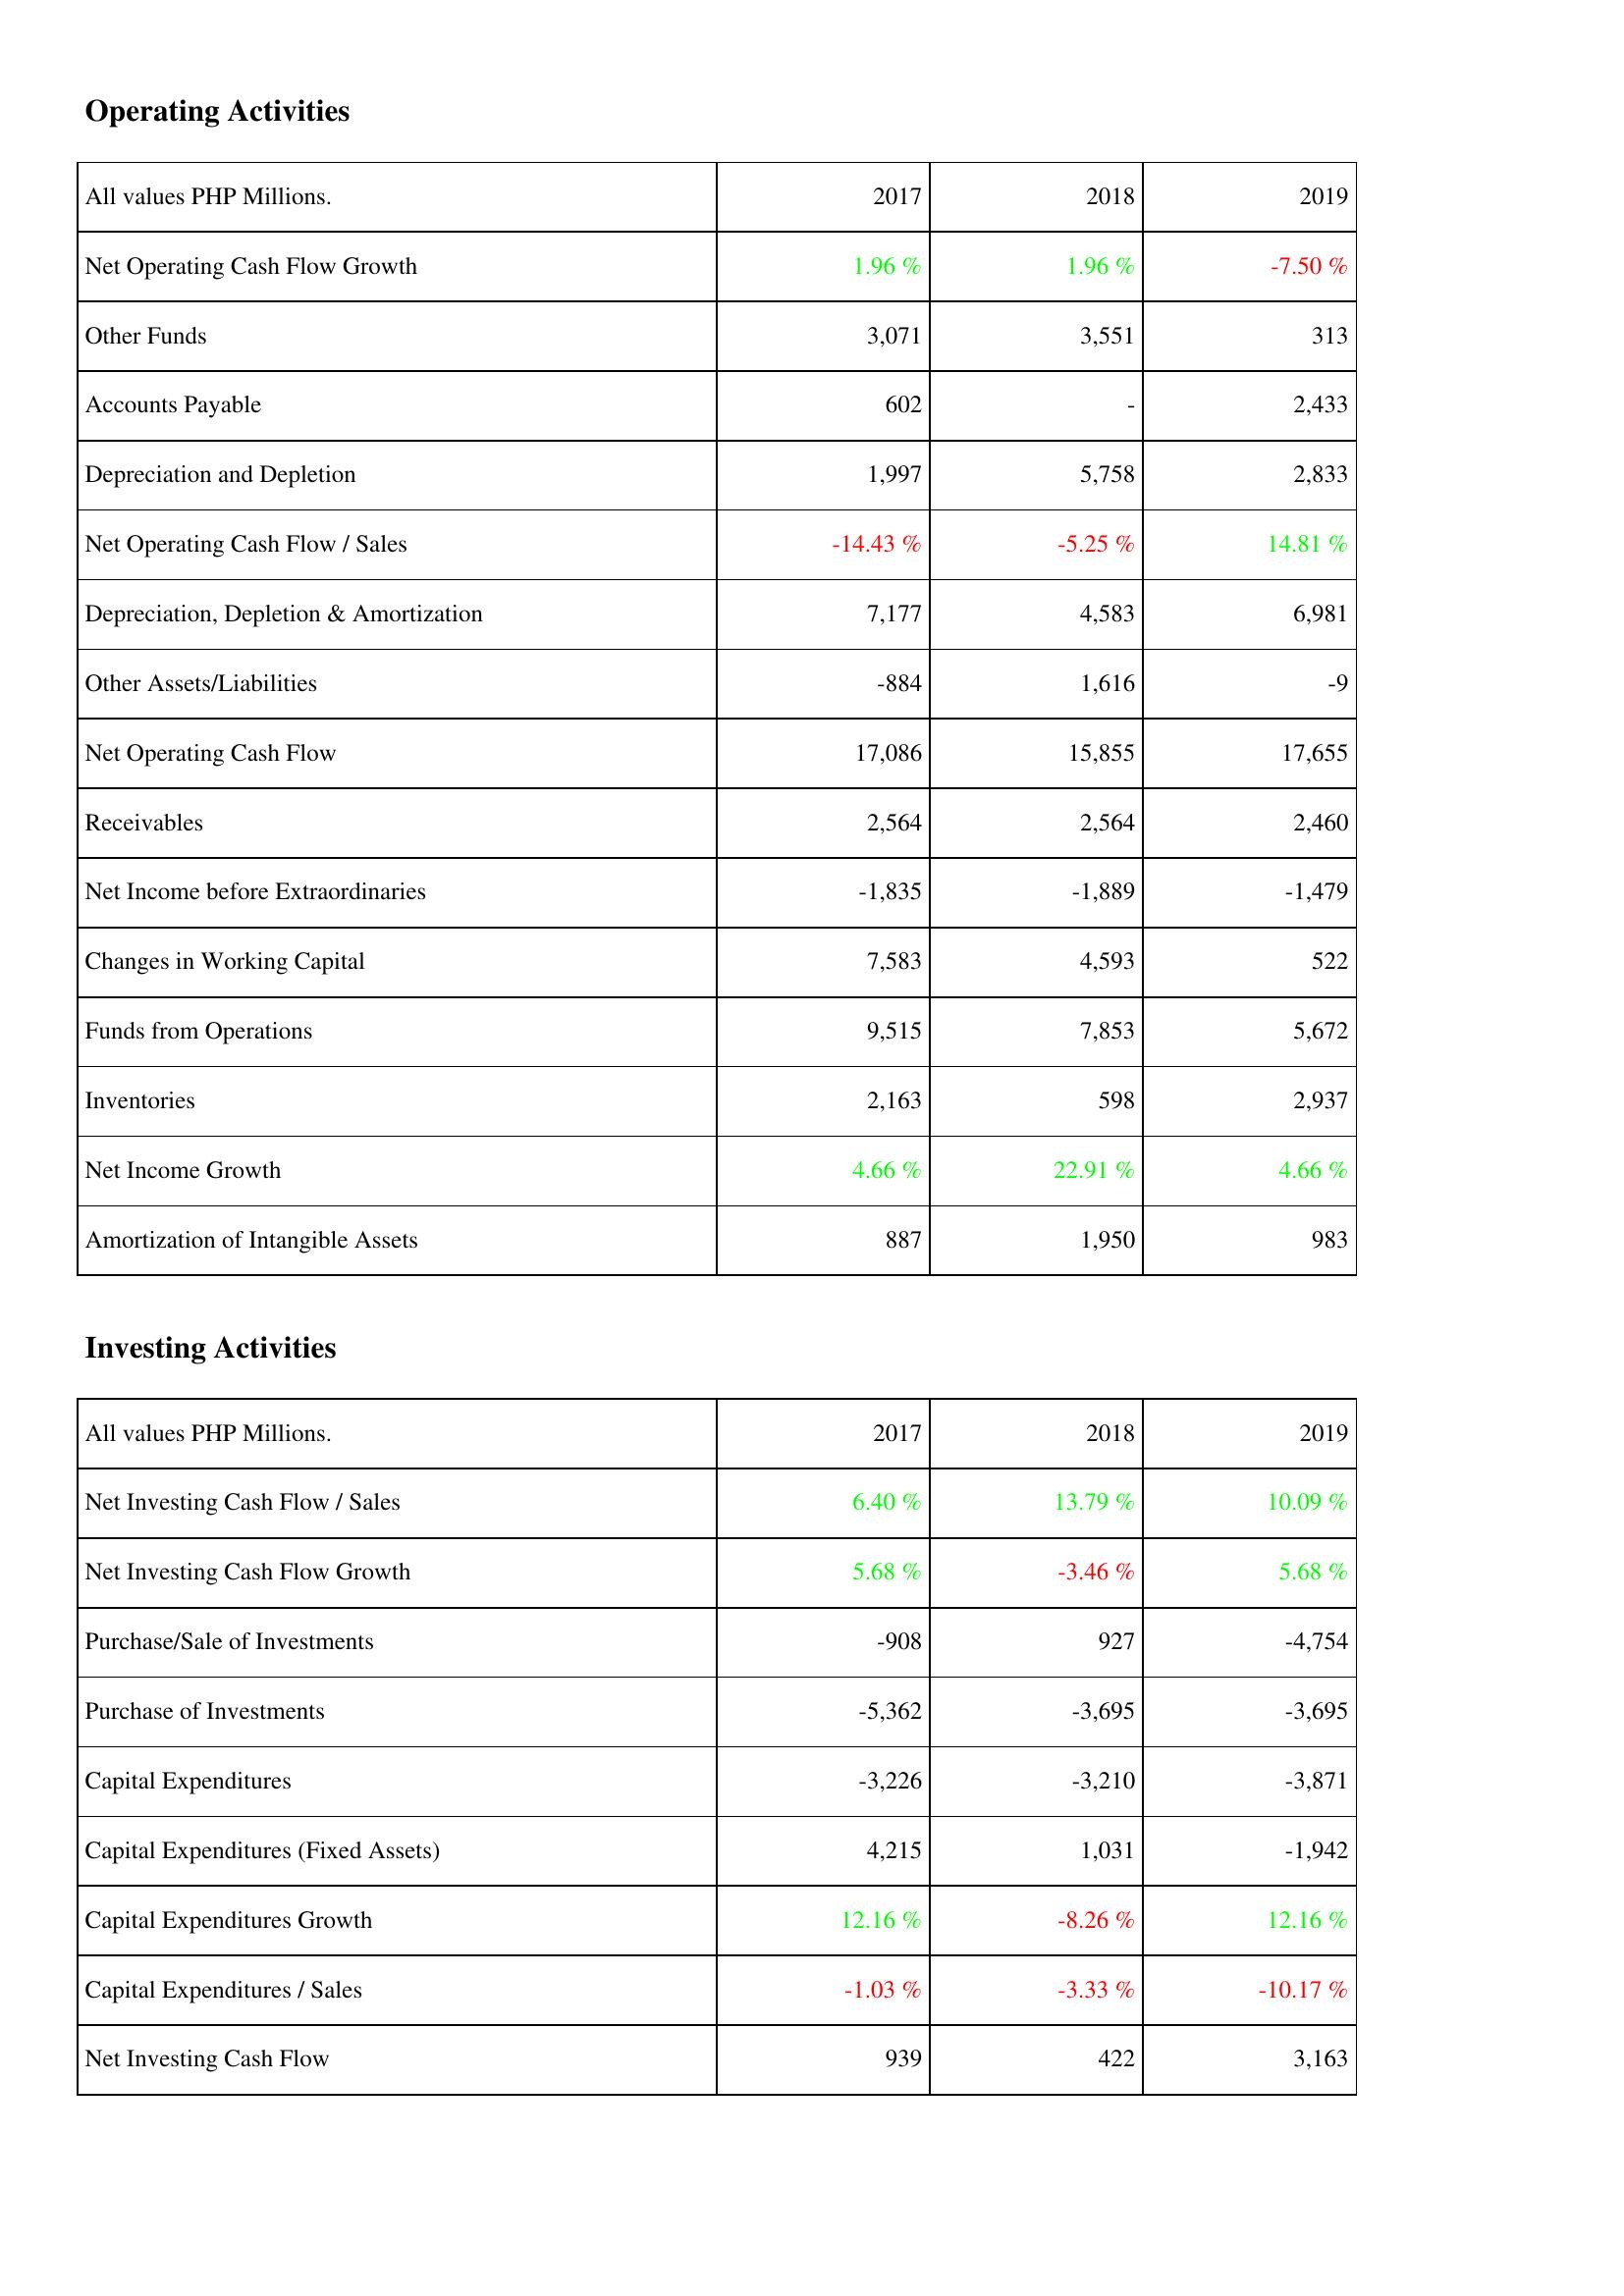
2017: Operating Activities: Net Operating Cash Flow Growth: 1.96 %
Other Funds: 3,071
Accounts Payable: 602
Depreciation and Depletion: 1,997
Net Operating Cash Flow / Sales: -14.43 %
Depreciation, Depletion & Amortization: 7,177
Other Assets/Liabilities: -884
Net Operating Cash Flow: 17,086
Receivables: 2,564
Net Income before Extraordinaries: -1,835
Changes in Working Capital: 7,583
Funds from Operations: 9,515
Inventories: 2,163
Net Income Growth: 4.66 %
Amortization of Intangible Assets: 887
Investing Activities: Net Investing Cash Flow / Sales: 6.40 %
Net Investing Cash Flow Growth: 5.68 %
Purchase/Sale of Investments: -908
Purchase of Investments: -5,362
Capital Expenditures: -3,226
Capital Expenditures (Fixed Assets): 4,215
Capital Expenditures Growth: 12.16 %
Capital Expenditures / Sales: -1.03 %
Net Investing Cash Flow: 939
2018: Operating Activities: Net Operating Cash Flow Growth: 1.96 %
Other Funds: 3,551
Accounts Payable: -
Depreciation and Depletion: 5,758
Net Operating Cash Flow / Sales: -5.25 %
Depreciation, Depletion & Amortization: 4,583
Other Assets/Liabilities: 1,616
Net Operating Cash Flow: 15,855
Receivables: 2,564
Net Income before Extraordinaries: -1,889
Changes in Working Capital: 4,593
Funds from Operations: 7,853
Inventories: 598
Net Income Growth: 22.91 %
Amortization of Intangible Assets: 1,950
Investing Activities: Net Investing Cash Flow / Sales: 13.79 %
Net Investing Cash Flow Growth: -3.46 %
Purchase/Sale of Investments: 927
Purchase of Investments: -3,695
Capital Expenditures: -3,210
Capital Expenditures (Fixed Assets): 1,031
Capital Expenditures Growth: -8.26 %
Capital Expenditures / Sales: -3.33 %
Net Investing Cash Flow: 422
2019: Operating Activities: Net Operating Cash Flow Growth: -7.50 %
Other Funds: 313
Accounts Payable: 2,433
Depreciation and Depletion: 2,833
Net Operating Cash Flow / Sales: 14.81 %
Depreciation, Depletion & Amortization: 6,981
Other Assets/Liabilities: -9
Net Operating Cash Flow: 17,655
Receivables: 2,460
Net Income before Extraordinaries: -1,479
Changes in Working Capital: 522
Funds from Operations: 5,672
Inventories: 2,937
Net Income Growth: 4.66 %
Amortization of Intangible Assets: 983
Investing Activities: Net Investing Cash Flow / Sales: 10.09 %
Net Investing Cash Flow Growth: 5.68 %
Purchase/Sale of Investments: -4,754
Purchase of Investments: -3,695
Capital Expenditures: -3,871
Capital Expenditures (Fixed Assets): -1,942
Capital Expenditures Growth: 12.16 %
Capital Expenditures / Sales: -10.17 %
Net Investing Cash Flow: 3,163